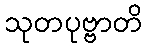
သုတပုဗ္ဗာတိ